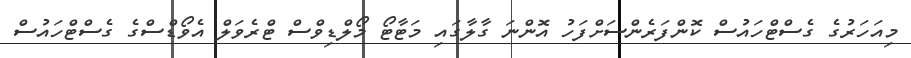
މިއަހަރުގެ ގެސްޓްހައުސް ކޮންފަރެންސަށްފަހު އޮންނަ ގާލާގައި މަޓާޓޯ މޯލްޑިވްސް ޓްރެވަލް އެވޯޑްސްގެ ގެސްޓްހައުސް